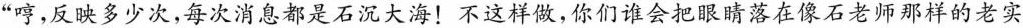
”哼，反睒多少次，每次消息都是石沉大海！不这样做，你们谁会把眼睛落在像石老师那样的老实